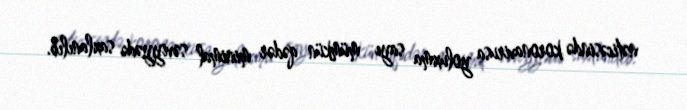
nəticəsində koronavirusa yoluxma sayı mümkün qədər minimal səviyyədə saxlanılıb.